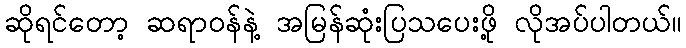
ဆိုရင်တော့ ဆရာဝန်နဲ့ အမြန်ဆုံးပြသပေးဖို့ လိုအပ်ပါတယ်။